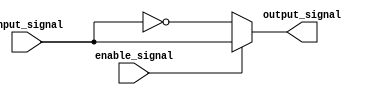
module active_low_buffer(
    input wire input_signal,
    input wire enable_signal,
    output reg output_signal
);

// Combinational logic for active-low buffer
always @(*) begin
    if (enable_signal == 0) begin
        output_signal = ~input_signal;
    end else begin
        output_signal = input_signal;
    end
end

endmodule